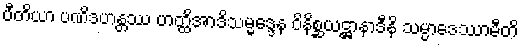
ပီတိယာ ပဏိဒဟန္တဿ ဟတ္ထိအာဒိသမ္မဒ္ဒေန ဝိနိစ္ဆယဋ္ဌာနာဒီနိ သမ္ပာဒေဿာမီတိ